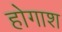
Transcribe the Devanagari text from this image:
होगाश